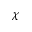
\mathcal { \chi }